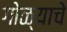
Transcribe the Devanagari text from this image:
गोळ्याचे